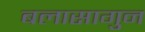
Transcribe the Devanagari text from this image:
बलासागुन